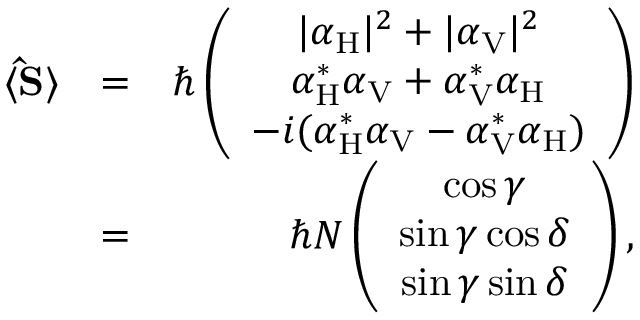
\begin{array} { r l r } { \langle { \bf \hat { S } } \rangle } & { = } & { \hbar \left( \begin{array} { c } { | \alpha _ { \mathrm { H } } | ^ { 2 } + | \alpha _ { \mathrm { V } } | ^ { 2 } } \\ { \alpha _ { \mathrm { H } } ^ { * } \alpha _ { \mathrm { V } } + \alpha _ { \mathrm { V } } ^ { * } \alpha _ { \mathrm { H } } } \\ { - i ( \alpha _ { \mathrm { H } } ^ { * } \alpha _ { \mathrm { V } } - \alpha _ { \mathrm { V } } ^ { * } \alpha _ { \mathrm { H } } ) } \end{array} \right) } \\ & { = } & { \hbar N \left( \begin{array} { c } { \cos \gamma } \\ { \sin \gamma \cos \delta } \\ { \sin \gamma \sin \delta } \end{array} \right) , } \end{array}